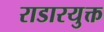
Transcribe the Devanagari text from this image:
राडारयुक्त